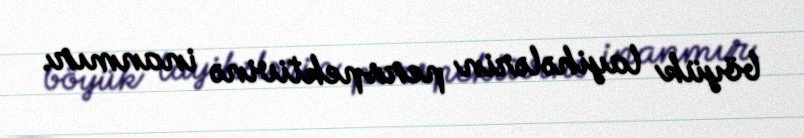
böyük layihələrin perspektivinə inanmır.